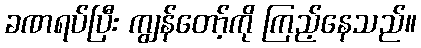
ခဏရပ်ပြီး ကျွန်တော့်ကို ကြည့်နေသည်။